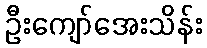
ဦးကျော်အေးသိန်း